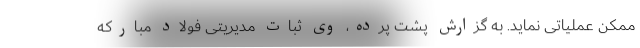
ممکن عملیاتی نماید. به گزارش پشت پرده، وی ثبات مدیریتی فولاد مبارکه